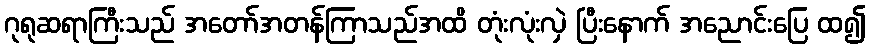
ဂုရုဆရာကြီးသည် အတော်အတန်ကြာသည်အထိ တုံးလုံးလှဲ ပြီးနောက် အညောင်းပြေ ထ၍